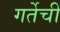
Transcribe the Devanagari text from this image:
गर्तेची